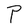
Character: P